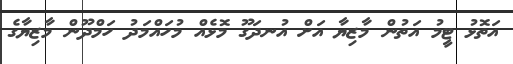
އަތޮޅު ޓީމު އަތުން މާޒިޔާ އަށް އުނދަގޫ މޮޅެއް މުހައްމަދު ހަމްދޫން މާޒިޔާގެ